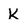
Character: K